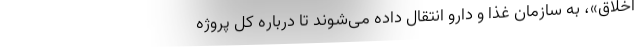
اخلاق»، به سازمان غذا و دارو انتقال داده می‌شوند تا درباره کل پروژه